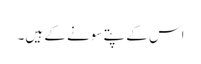
اس کے پتے سونے کے ہیں۔